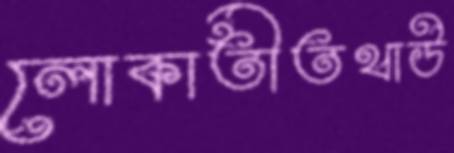
লোকাতীতথাউ